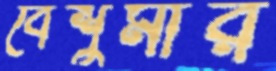
বেশুমার